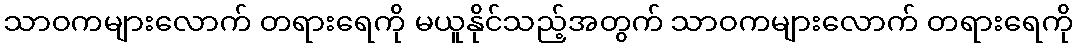
သာဝကများလောက် တရားရေကို မယူနိုင်သည့်အတွက် သာဝကများလောက် တရားရေကို